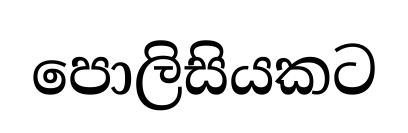
පොලිසියකට